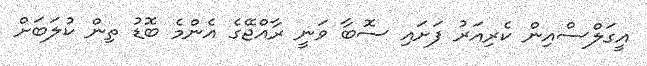
އީގަލްސްއިން ކެރިއަރު ފަށައި ސޮބާ ވަނީ ރާއްޖޭގެ އެންމެ ބޮޑު ތިން ކުލަބަށް